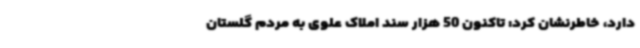
دارد، خاطرنشان کرد: تاکنون 50 هزار سند املاک علوی به مردم گلستان